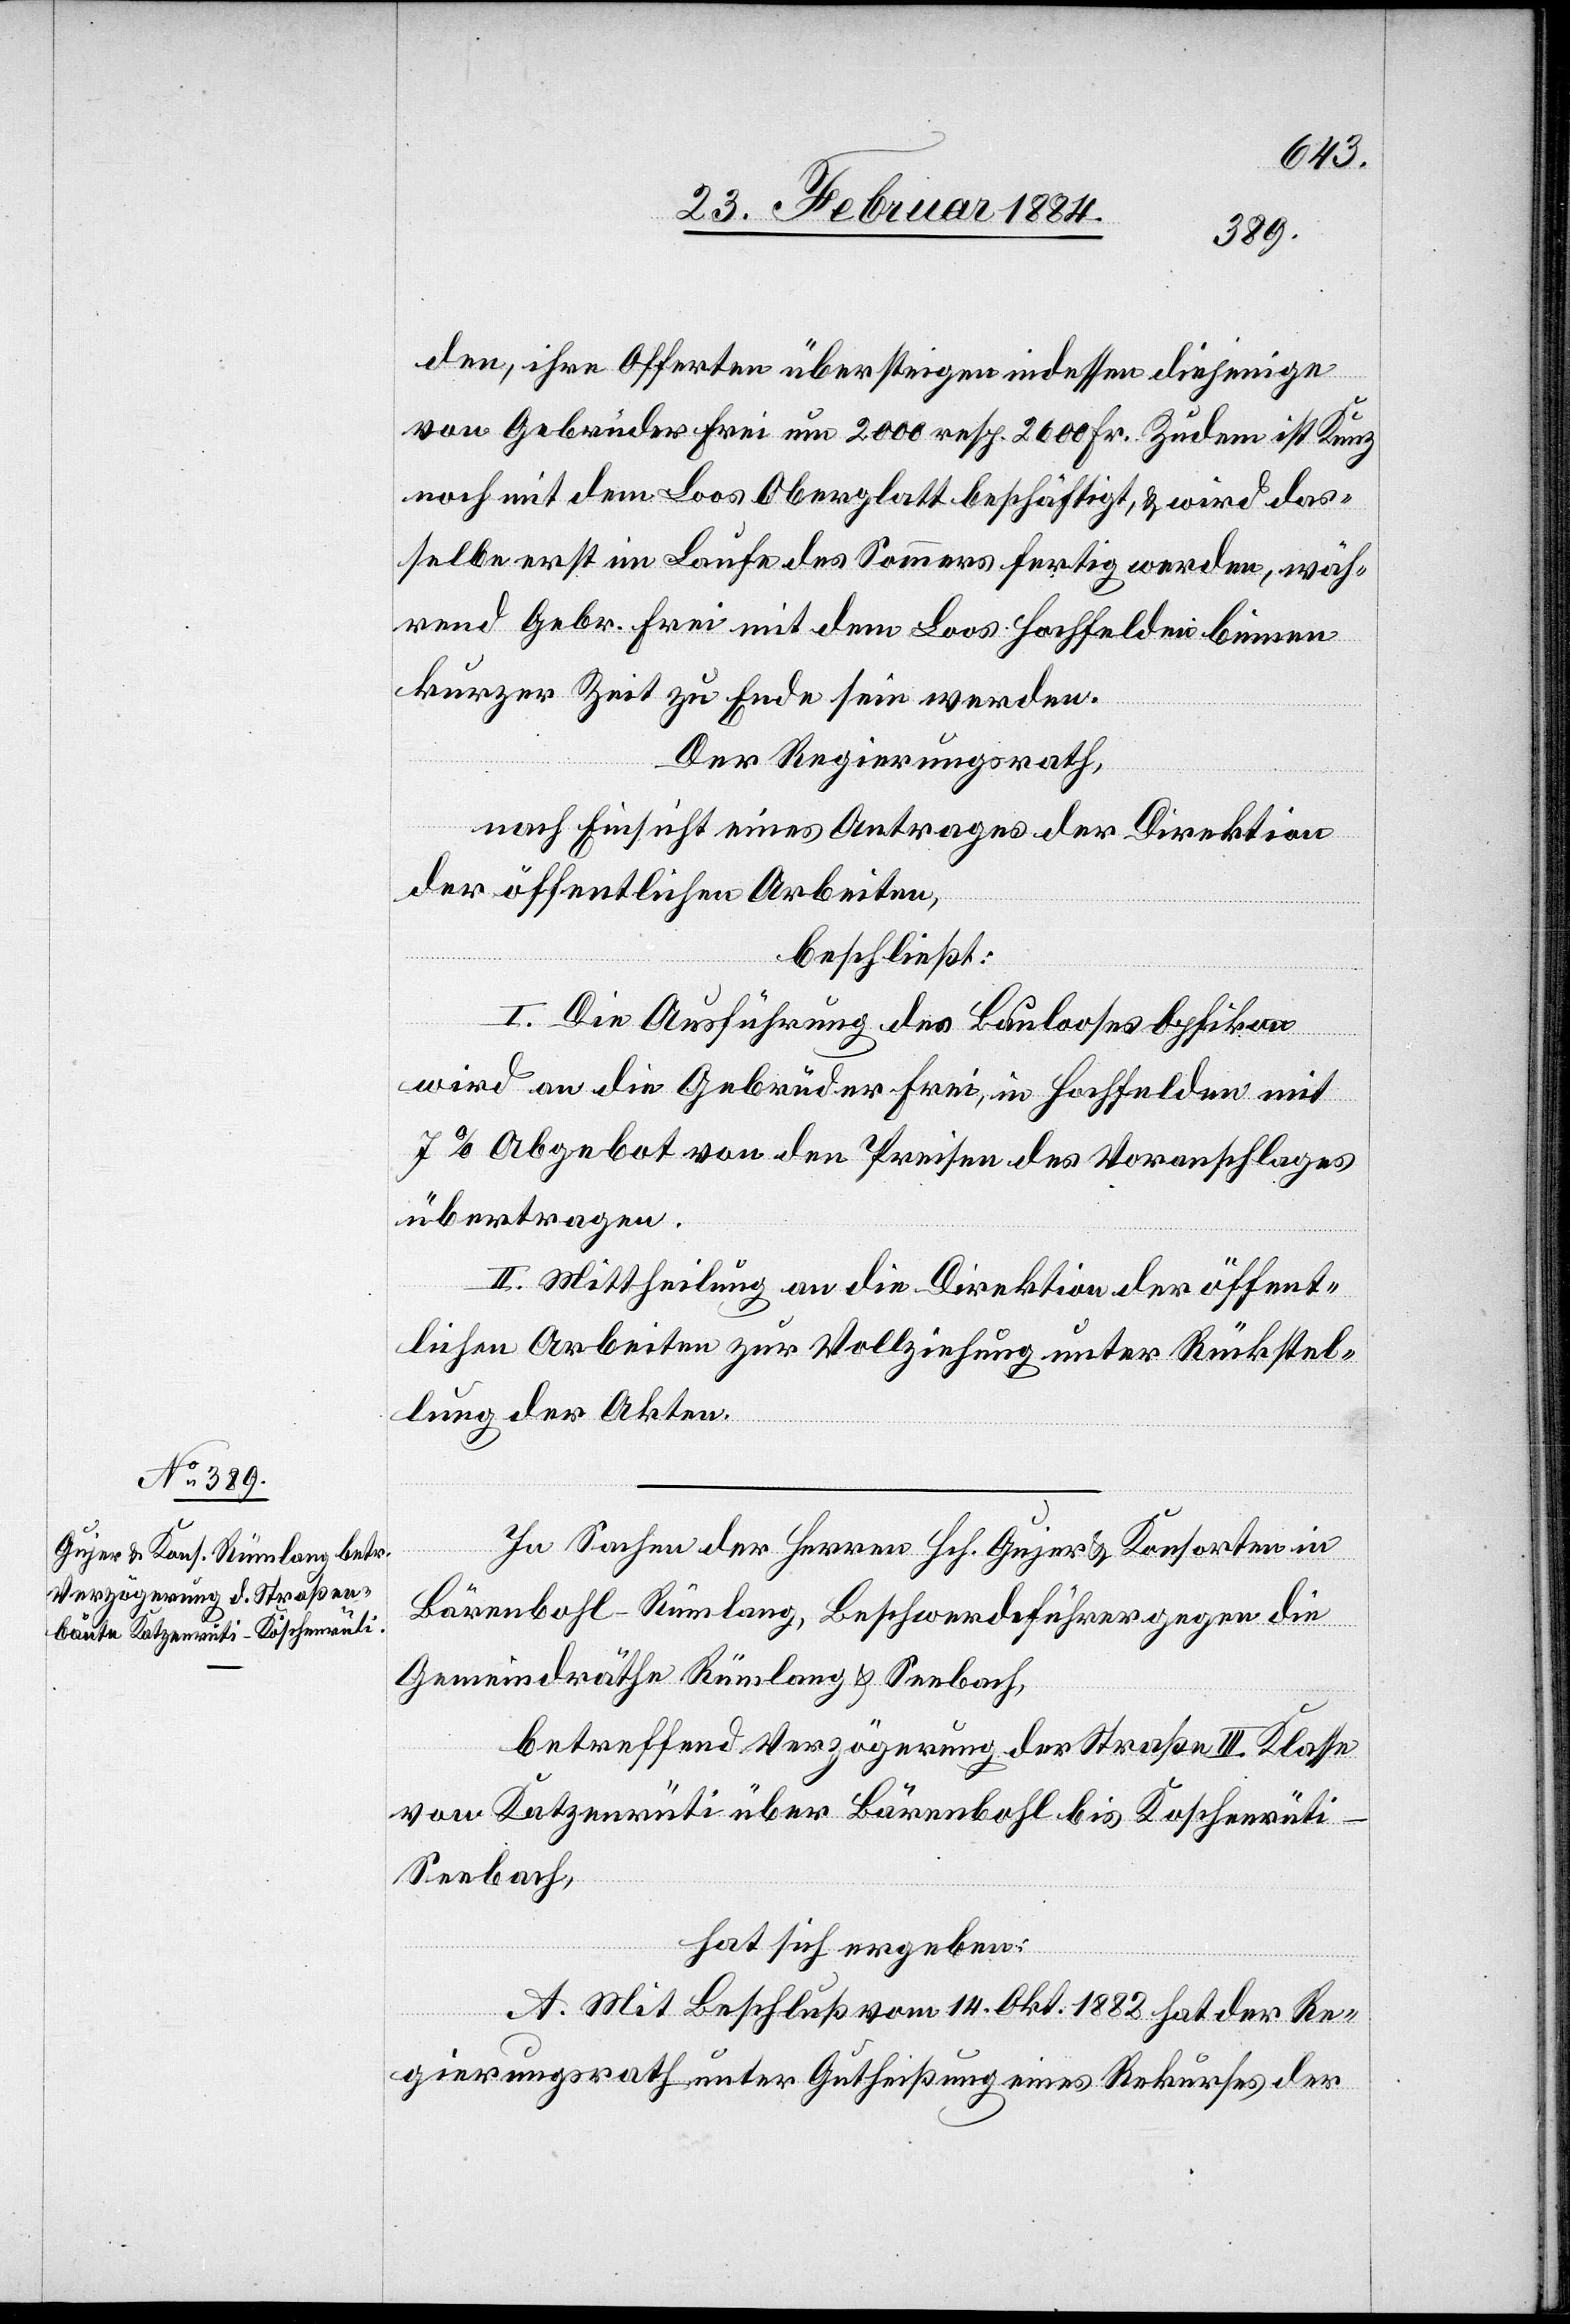
den, ihre Offerte übersteigen indessen diejenige
von Gebrüder Frei um 200 resp. 2600 Fr. Zudem ist Kunz
noch mit dem Loos Oberglatt beschäftigt, & wird das¬
selbe erst im Laufe des Sommers fertig werden, wäh¬
rend Gebr. Frei mit dem Loos Hochfelden binnen
kurzer Zeit zu Ende sein werden.
Der Regierungsrath,
nach Einsicht eines Antrages der Direktion
der öffentlichen Arbeiten,
beschließt:
I. Die Ausführung des Baulooses Opfikon
wird an die Gebrüder Frei, in Hochfelden mit
7% Abgebot von den Preisen des Voranschlages
übertragen.
II. Mittheilung an die Direktion der öffent¬
lichen Arbeiten zur Vollziehung unter Rückstel¬
lung der Akten.
In Sachen der Herren Hch. Gujer & Konsorten in
Bärenbohl - Rümlang, Beschwerdeführer gegen die
Gemeindräthe Rümlang & Seebach,
betreffend Verzögerung der Straße III. Klasse
von Katzenrüti über Bärenbohl bis Köschenrüti
Seebach,
hat sich ergeben:
A. Mit Beschluß vom 14. Okt. 1882 hat der Re¬
gierungsrath unter Gutheißung eines Rekurses der